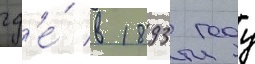
гд'е́ в 1893 году